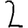
Digit: 2